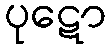
ပုဋော